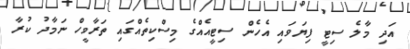
އަދި މާލެ ސިޓީ ފިޔަވައި އެހެން ސިޓީއެއްގެ މިސްކިތެއްގައި ތަރާވީހް ނަމާދު ކުރާ